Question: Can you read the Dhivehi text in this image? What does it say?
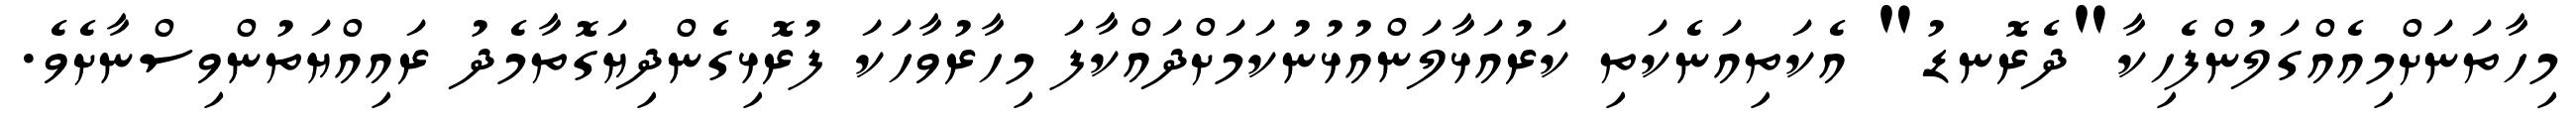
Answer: މިހާތަނަށްމިއެއްގަލުންފެހިކާ"ދެރޮނޑު" އެކަތިއަނެކަތި ކަރުއަޅާލަންއުޅުނުކަމަށްދައްކާފަ މިހާރުވާހަކަ ފުރޮޅިގެންދިޔަގޮތާމެދު ރައިއްޔަތުންވިސްނާށެވެ.